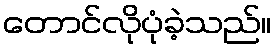
တောင်လိုပုံခဲ့သည်။